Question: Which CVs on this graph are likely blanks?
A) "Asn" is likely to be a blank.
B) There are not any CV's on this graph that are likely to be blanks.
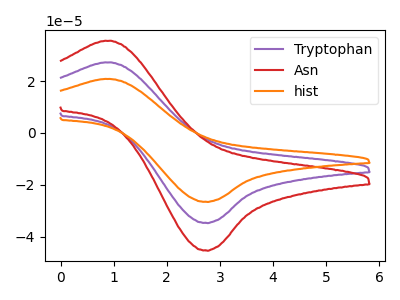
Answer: <think>The purple curve "Tryptophan" has an anodic peak at (0.95V, 27.25uA) and a cathodic peak at (2.70V, -34.70uA). The red curve "Asn" has an anodic peak at (0.95V, 35.60uA) and a cathodic peak at (2.70V, -45.30uA). The orange curve "hist" has an anodic peak at (0.95V, 54.50uA) and a cathodic peak at (2.70V, -69.40uA).</think>
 <answer>B) There are not any CV's on this graph that are likely to be blanks.</answer>
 <eval>B</eval>